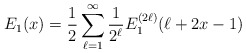
\begin{align*}E_{1}(x) = \frac{1}{2} \sum_{\ell=1}^{\infty} \frac{1}{2^{\ell}} E_{1}^{(2 \ell)} ( \ell + 2x - 1 )\end{align*}